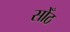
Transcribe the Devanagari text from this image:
सोँठ